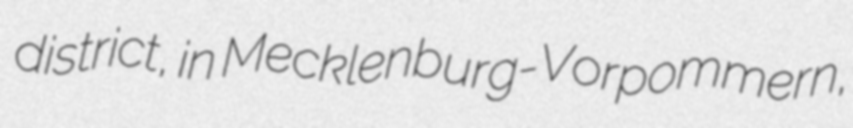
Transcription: district, in Mecklenburg-Vorpommern,